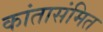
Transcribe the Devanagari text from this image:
कांतासंमित